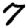
Digit: 7